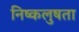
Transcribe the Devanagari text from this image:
निष्कलुषता